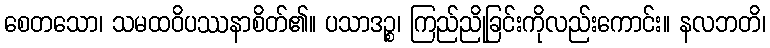
စေတသော၊ သမထဝိပဿနာစိတ်၏။ ပသာဒဉ္စ၊ ကြည်ညိုခြင်းကိုလည်းကောင်း။ နလဘတိ၊